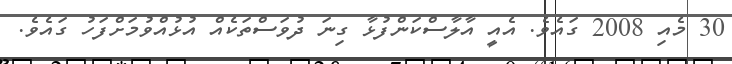
30 މެއި 2008 ގައެވެ. އެއީ އާލާސްކަންފުޅާ ގިނަ ދުވަސްތަކެއް އުޅުއްވުމަށްފަހު ގައެވެ.